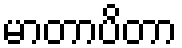
မာတာပိတာ